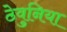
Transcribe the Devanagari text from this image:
ठेवुनिया